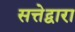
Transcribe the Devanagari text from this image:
सत्तेद्वारा